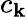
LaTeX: c_{\mathbf{k}}